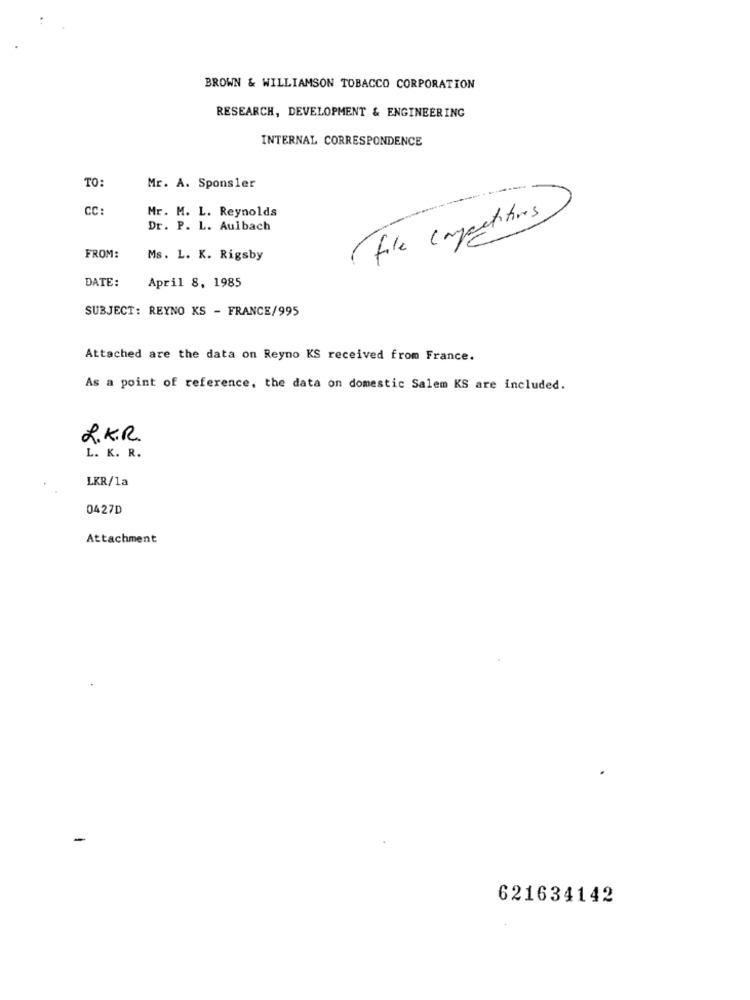
BROWN & WILLIAMSON TOBACCO CORPORATION
RESEARCH, DEVELOPMENT & ENGINEERING
INTERNAL CORRESPONDENCE
TO:
Mr. A. Sponsler
CC:
Mr. M. L. Reynolds
Dr. P. L. Aulbach
file competitors
FROM:
Ms. L. K. Rigsby
DATE:
April 8, 1985
SUBJECT: REYNO KS - FRANCE/995
Attached are the data on Reyno KS received from France.
As a point of reference, the data on domestic Salem KS are included.
L.K.R.
L. K. R.
LKR/1a
0427D
Attachment
-
621634142